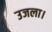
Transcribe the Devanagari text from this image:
उजला।